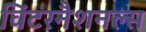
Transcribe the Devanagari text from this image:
विंटरनैशनल्स